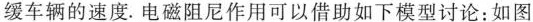
缓车辆的速度。电磁阻尼作用可以借助如下模型讨论：如图